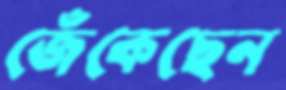
জেঁকেছেন